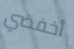
أخفضي